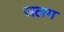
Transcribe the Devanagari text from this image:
जलग